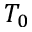
T _ { 0 }